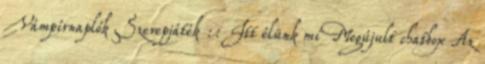
Vámpírnaplók Szerepjáték :: Itt élünk mi Megújult chatbox Az